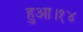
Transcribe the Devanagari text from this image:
हुआ।१४